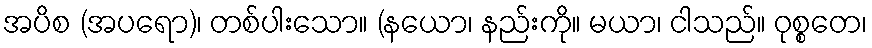
အပိစ (အပရော)၊ တစ်ပါးသော။ (နယော၊ နည်းကို။ မယာ၊ ငါသည်။ ဝုစ္စတေ၊